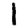
Digit: 1